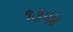
૧૩૫૪